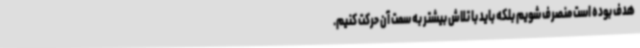
هدف بوده است منصرف شویم بلکه باید با تلاش بیشتر به سمت آن حرکت کنیم.